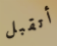
أتقبل